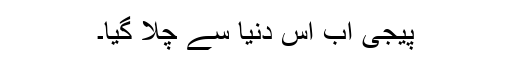
پیجی اب اس دنیا سے چلا گیا۔